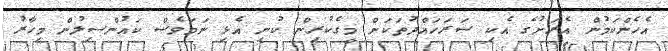
އެހެންކަމުން އެރަށުގެ އެކި ސަރަަހައްދުތަކަށް މީގެކުރިން ކުނި އެޅި ނަމަވެސް ކައުންސިލުން މިހާރު